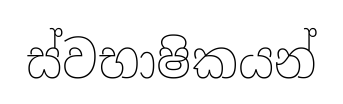
ස්වභාෂිකයන්